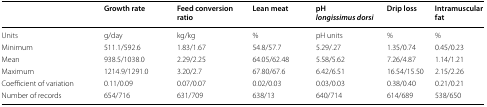
<table><thead><tr><td></td><td><b>Growth rate</b></td><td><b>Feed conversion ratio</b></td><td><b>Lean meat</b></td><td><b>pH <i>longissimus dorsi</i></b></td><td><b>Drip loss</b></td><td><b>Intramuscular fat</b></td></tr></thead><tbody><tr><td>Units</td><td>g/day</td><td>kg/kg</td><td>%</td><td>pH units</td><td>%</td><td>%</td></tr><tr><td>Minimum</td><td>511.1/592.6</td><td>1.83/1.67</td><td>54.8/57.7</td><td>5.29/.27</td><td>1.35/0.74</td><td>0.45/0.23</td></tr><tr><td>Mean</td><td>938.5/1038.0</td><td>2.29/2.25</td><td>64.05/62.48</td><td>5.58/5.62</td><td>7.26/4.87</td><td>1.14/1.21</td></tr><tr><td>Maximum</td><td>1214.9/1291.0</td><td>3.20/2.7</td><td>67.80/67.6</td><td>6.42/6.51</td><td>16.54/15.50</td><td>2.15/2.26</td></tr><tr><td>Coefficient of variation</td><td>0.11/0.09</td><td>0.07/0.07</td><td>0.02/0.03</td><td>0.03/0.03</td><td>0.38/0.40</td><td>0.21/0.21</td></tr><tr><td>Number of records</td><td>654/716</td><td>631/709</td><td>638/13</td><td>640/714</td><td>614/689</td><td>538/650</td></tr></tbody></table>